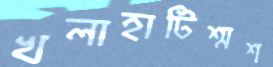
খলাহাটিশ্মশ